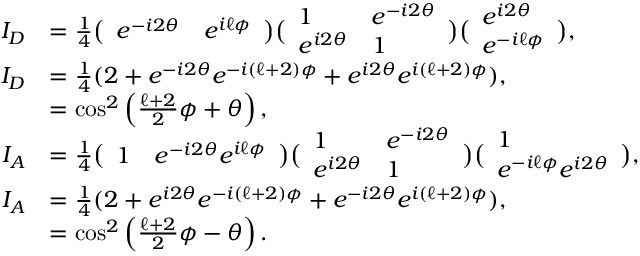
\begin{array} { r l } { I _ { D } } & { = \frac { 1 } { 4 } \big ( \begin{array} { l l } { e ^ { - i 2 \theta } } & { e ^ { i \ell \phi } } \end{array} \big ) \big ( \begin{array} { l l } { 1 } & { e ^ { - i 2 \theta } } \\ { e ^ { i 2 \theta } } & { 1 } \end{array} \big ) \big ( \begin{array} { l } { e ^ { i 2 \theta } } \\ { e ^ { - i \ell \phi } } \end{array} \big ) , } \\ { I _ { D } } & { = \frac { 1 } { 4 } ( 2 + e ^ { - i 2 \theta } e ^ { - i ( \ell + 2 ) \phi } + e ^ { i 2 \theta } e ^ { i ( \ell + 2 ) \phi } ) , } \\ & { = \cos ^ { 2 } \left( \frac { \ell + 2 } { 2 } \phi + \theta \right) , \ } \\ { I _ { A } } & { = \frac { 1 } { 4 } \big ( \begin{array} { l l } { 1 } & { e ^ { - i 2 \theta } e ^ { i \ell \phi } } \end{array} \big ) \big ( \begin{array} { l l } { 1 } & { e ^ { - i 2 \theta } } \\ { e ^ { i 2 \theta } } & { 1 } \end{array} \big ) \big ( \begin{array} { l } { 1 } \\ { e ^ { - i \ell \phi } e ^ { i 2 \theta } } \end{array} \big ) , } \\ { I _ { A } } & { = \frac { 1 } { 4 } ( 2 + e ^ { i 2 \theta } e ^ { - i ( \ell + 2 ) \phi } + e ^ { - i 2 \theta } e ^ { i ( \ell + 2 ) \phi } ) , } \\ & { = \cos ^ { 2 } \left( \frac { \ell + 2 } { 2 } \phi - \theta \right) . } \end{array}